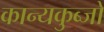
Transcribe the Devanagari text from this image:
कान्यकुब्जो